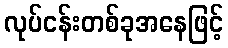
လုပ်ငန်းတစ်ခုအနေဖြင့်